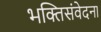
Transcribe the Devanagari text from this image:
भक्तिसंवेदना